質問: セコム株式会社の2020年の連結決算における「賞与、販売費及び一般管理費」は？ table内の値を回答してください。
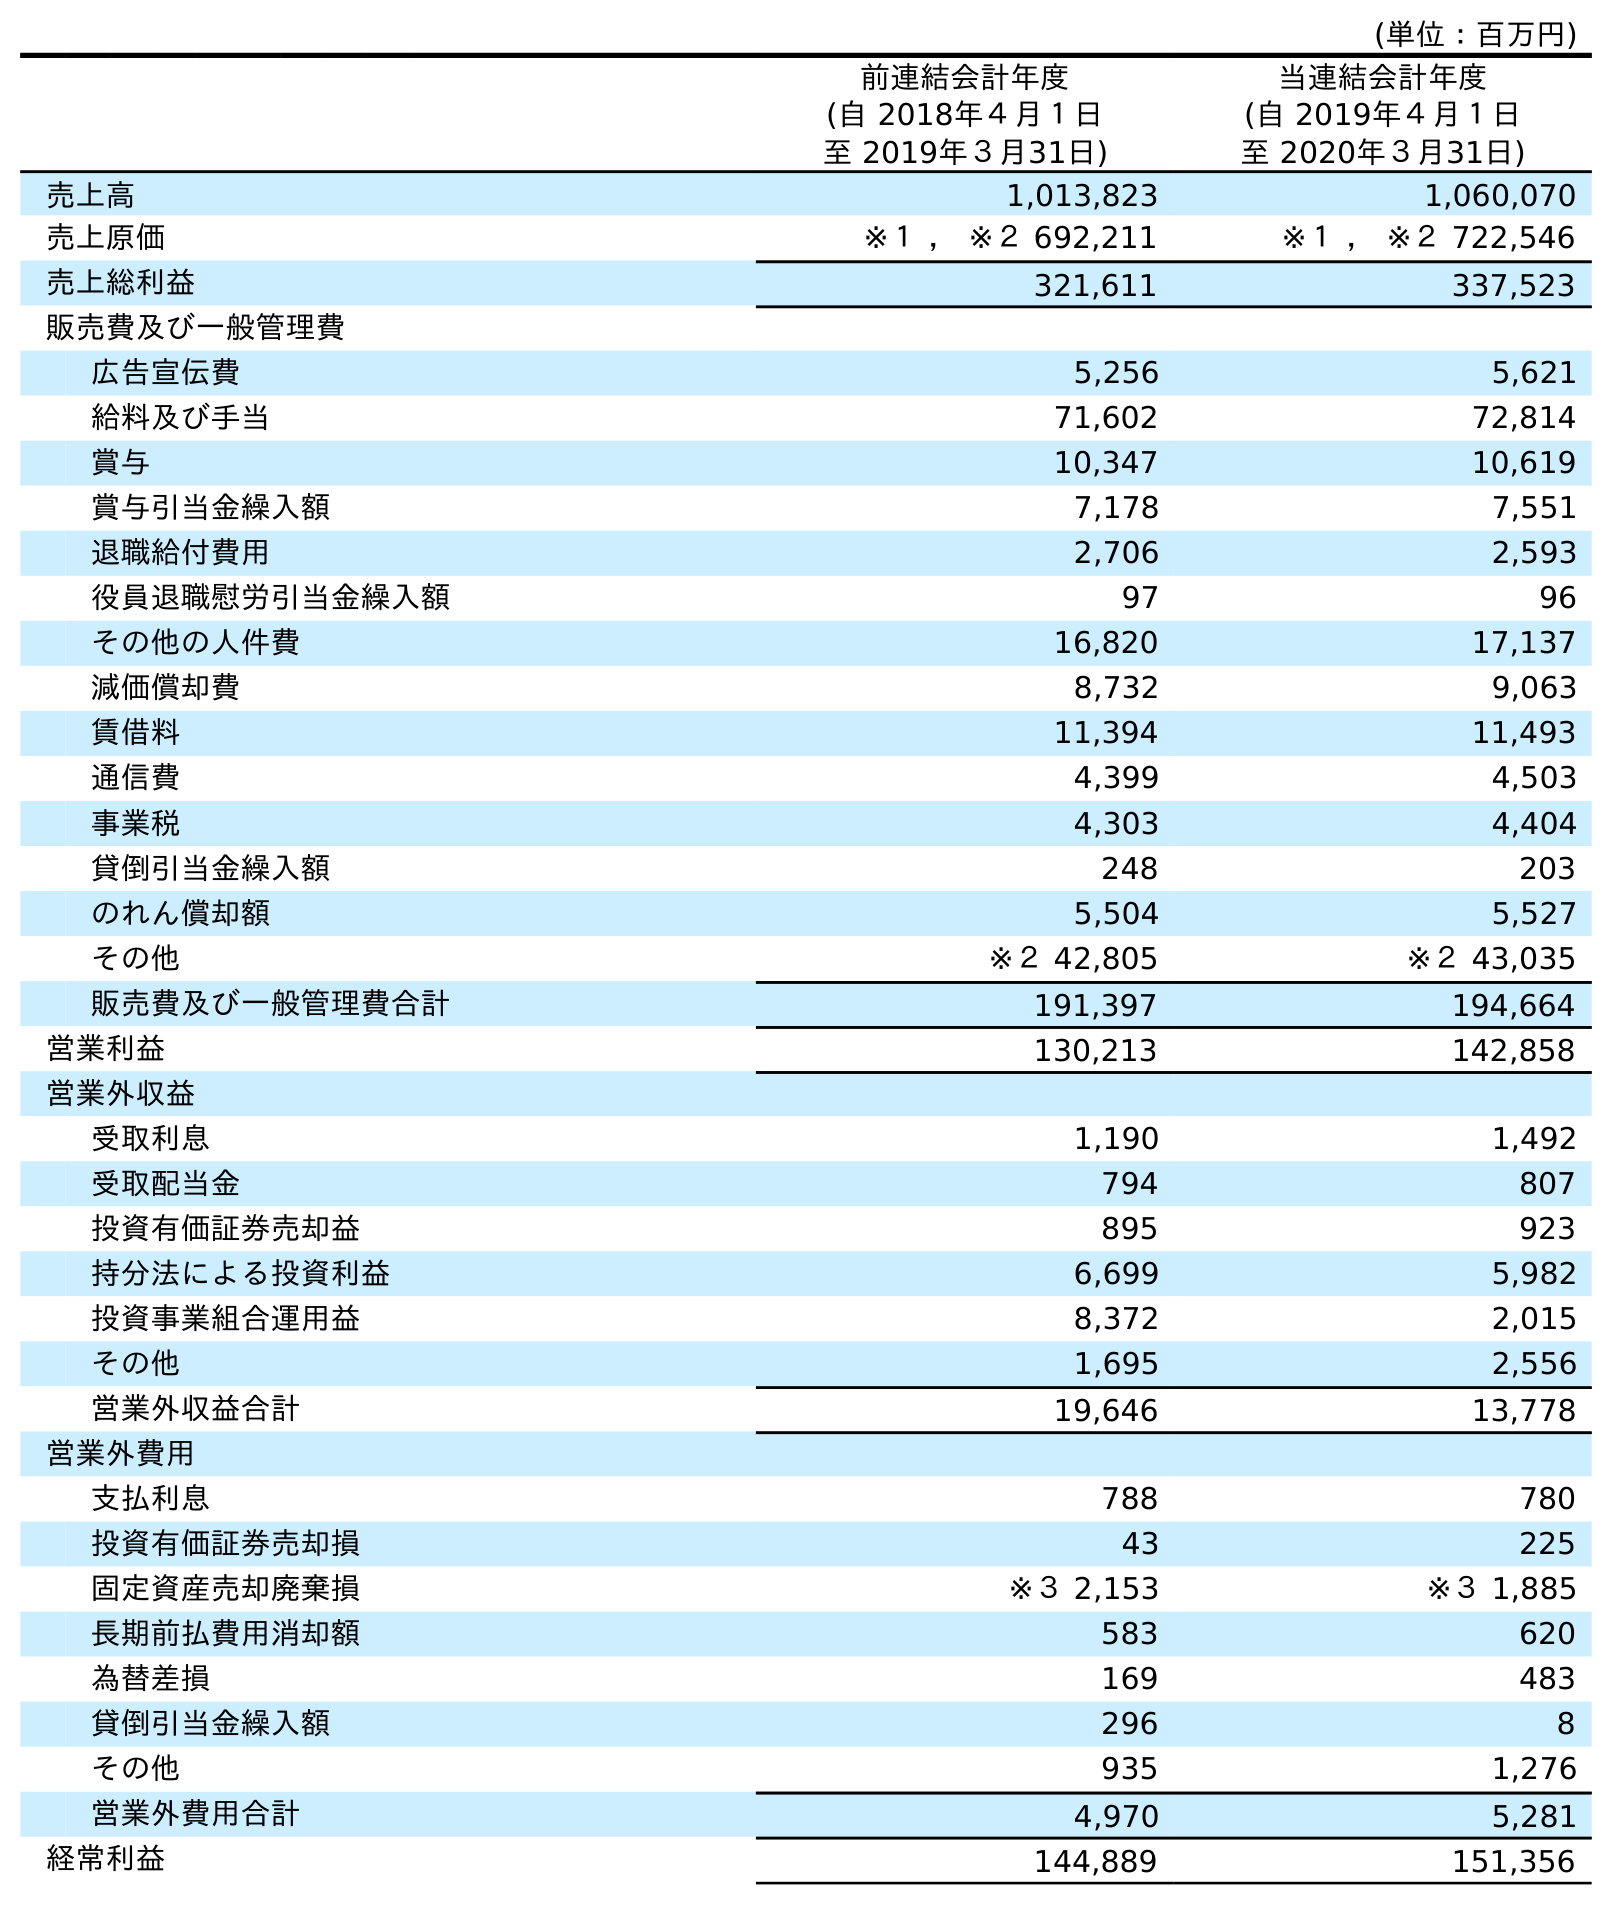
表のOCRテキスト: (単位：百万円) 前連結会計年度 (自 2018年４月１日 至 2019年３月31日) 当連結会計年度 (自 2019年４月１日 至 2020年３月31日) 売上高 1,013,823 1,060,070 売上原価 ※１ ， ※２ 692,211 ※１ ， ※２ 722,546 売上総利益 321,611 337,523 販売費及び一般管理費 広告宣伝費 5,256 5,621 給料及び手当 71,602 72,814 賞与 10,347 10,619 賞与引当金繰入額 7,178 7,551 退職給付費用 2,706 2,593 役員退職慰労引当金繰入額 97 96 その他の人件費 16,820 17,137 減価償却費 8,732 9,063 賃借料 11,394 11,493 通信費 4,399 4,503 事業税 4,303 4,404 貸倒引当金繰入額 248 203 のれん償却額 5,504 5,527 その他 ※２ 42,805 ※２ 43,035 販売費及び一般管理費合計 191,397 194,664 営業利益 130,213 142,858 営業外収益 受取利息 1,190 1,492 受取配当金 794 807 投資有価証券売却益 895 923 持分法による投資利益 6,699 5,982 投資事業組合運用益 8,372 2,015 その他 1,695 2,556 営業外収益合計 19,646 13,778 営業外費用 支払利息 788 780 投資有価証券売却損 43 225 固定資産売却廃棄損 ※３ 2,153 ※３ 1,885 長期前払費用消却額 583 620 為替差損 169 483 貸倒引当金繰入額 296 8 その他 935 1,276 営業外費用合計 4,970 5,281 経常利益 144,889 151,356
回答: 10,619